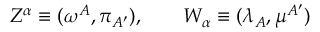
Z ^ { \alpha } \equiv ( \omega ^ { A } , \pi _ { A ^ { \prime } } ) , \ \ \ \ \ \ W _ { \alpha } \equiv ( \lambda _ { A } , \mu ^ { A ^ { \prime } } )